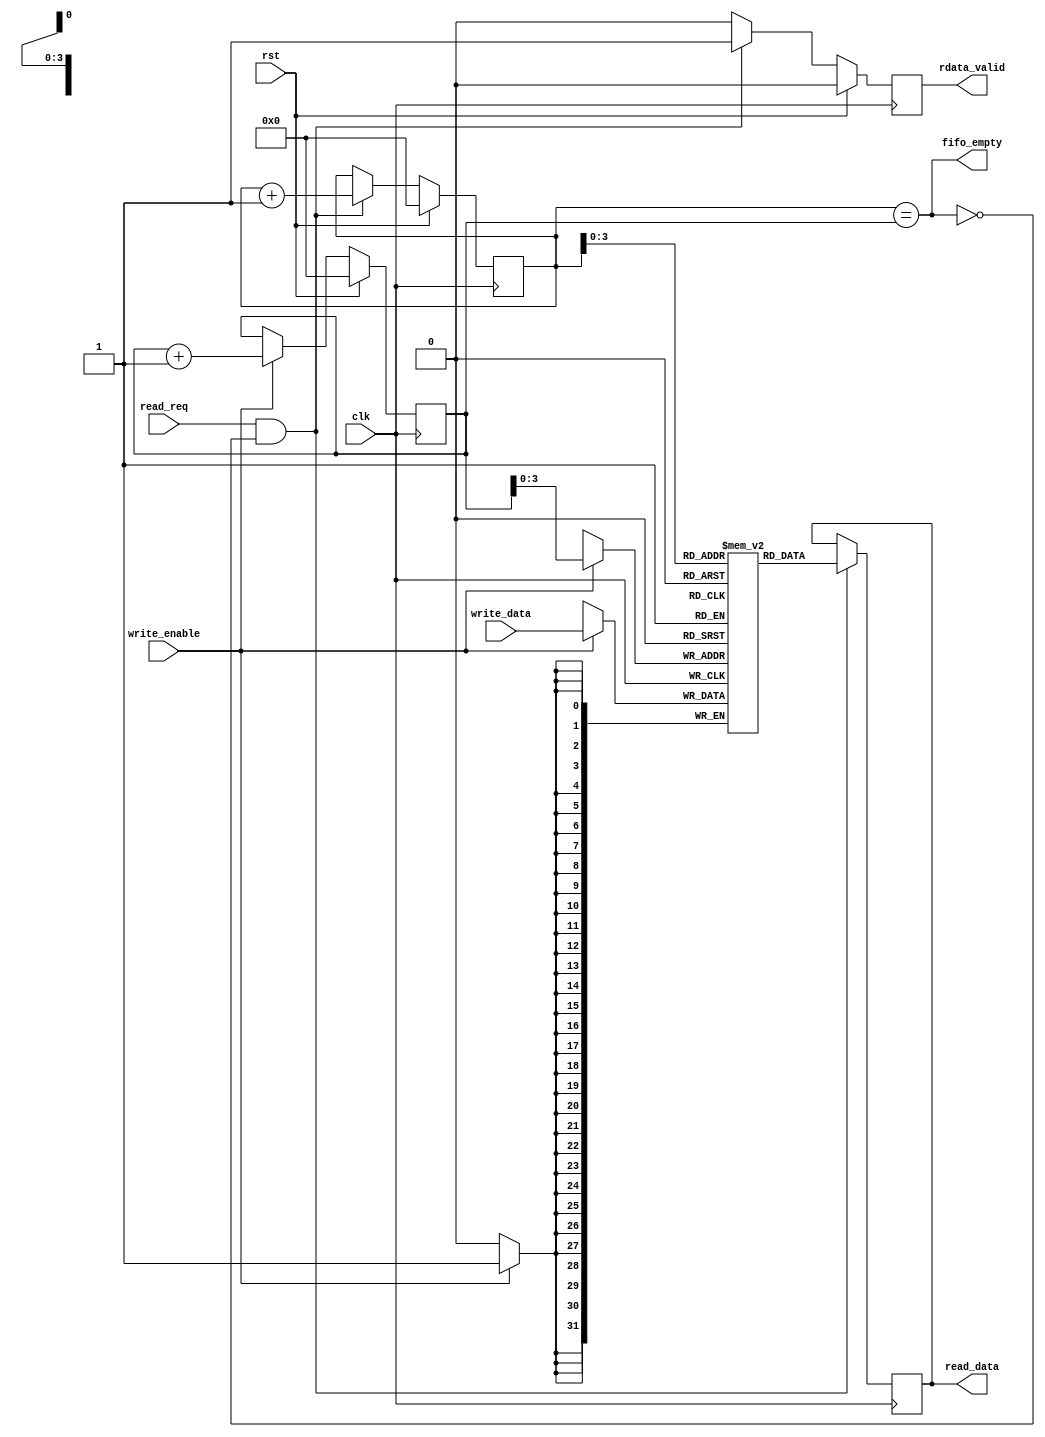
/////////////////////////////////////////////////////////////////////
////                                                             ////
////  JPEG Encoder Core - Verilog                                ////
////                                                             ////
////          davidklun@gmail.com                                ////
////                                                             ////
/////////////////////////////////////////////////////////////////////
////                                                             ////
//// Copyright (C) 2009 David Lundgren                           ////
////                  davidklun@gmail.com                        ////
////                                                             ////
//// This source file may be used and distributed without        ////
//// restriction provided that this copyright statement is not   ////
//// removed from the file and that any derivative work contains ////
//// the original copyright notice and the associated disclaimer.////
////                                                             ////
////     THIS SOFTWARE IS PROVIDED ``AS IS'' AND WITHOUT ANY     ////
//// EXPRESS OR IMPLIED WARRANTIES, INCLUDING, BUT NOT LIMITED   ////
//// TO, THE IMPLIED WARRANTIES OF MERCHANTABILITY AND FITNESS   ////
//// FOR A PARTICULAR PURPOSE. IN NO EVENT SHALL THE AUTHOR      ////
//// OR CONTRIBUTORS BE LIABLE FOR ANY DIRECT, INDIRECT,         ////
//// INCIDENTAL, SPECIAL, EXEMPLARY, OR CONSEQUENTIAL DAMAGES    ////
//// (INCLUDING, BUT NOT LIMITED TO, PROCUREMENT OF SUBSTITUTE   ////
//// GOODS OR SERVICES; LOSS OF USE, DATA, OR PROFITS; OR        ////
//// BUSINESS INTERRUPTION) HOWEVER CAUSED AND ON ANY THEORY OF  ////
//// LIABILITY, WHETHER IN  CONTRACT, STRICT LIABILITY, OR TORT  ////
//// (INCLUDING NEGLIGENCE OR OTHERWISE) ARISING IN ANY WAY OUT  ////
//// OF THE USE OF THIS SOFTWARE, EVEN IF ADVISED OF THE         ////
//// POSSIBILITY OF SUCH DAMAGE.                                 ////
////                                                             ////
/////////////////////////////////////////////////////////////////////

`timescale 1ns / 100ps

module sync_fifo_32 (clk, rst, read_req, write_data, write_enable, 
read_data, fifo_empty, rdata_valid);
input	clk;
input	rst;
input	read_req;
input [31:0] write_data;
input write_enable;
output [31:0] read_data;  
output  fifo_empty; 
output	rdata_valid;
   
reg [4:0] read_ptr;
reg [4:0] write_ptr;
reg [31:0] mem [0:15];
reg [31:0] read_data;
reg rdata_valid;
wire [3:0] write_addr = write_ptr[3:0];
wire [3:0] read_addr = read_ptr[3:0];	
wire read_enable = read_req && (~fifo_empty);
assign fifo_empty = (read_ptr == write_ptr);


always @(posedge clk)
  begin
   if (rst)
      write_ptr <= {(5){1'b0}};
   else if (write_enable)
      write_ptr <= write_ptr + {{4{1'b0}},1'b1};
  end

always @(posedge clk)
begin
   if (rst)
      rdata_valid <= 1'b0;
   else if (read_enable)
      rdata_valid <= 1'b1;
   else
   	  rdata_valid <= 1'b0;  
end
  
always @(posedge clk)
 begin
   if (rst)
      read_ptr <= {(5){1'b0}};
   else if (read_enable)
      read_ptr <= read_ptr + {{4{1'b0}},1'b1};
end

// Mem write
always @(posedge clk)
  begin
   if (write_enable)
     mem[write_addr] <= write_data;
  end
// Mem Read
always @(posedge clk)
  begin
   if (read_enable)
      read_data <= mem[read_addr];
  end
  
endmodule